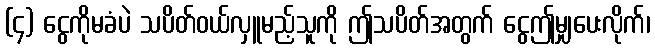
(၄) ငွေကိုမခံပဲ သပိတ်ဝယ်လှူမည့်သူကို ဤသပိတ်အတွက် ငွေဤမျှပေးလိုက်၊